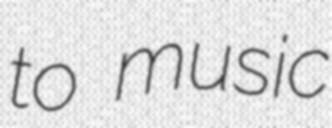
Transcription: to music